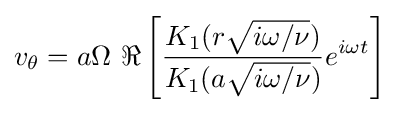
v_{\theta }=a\Omega \ \Re \left[{\frac {K_{1}(r{\sqrt {i\omega /\nu }})}{K_{1}(a{\sqrt {i\omega /\nu }})}}e^{i\omega t}\right]